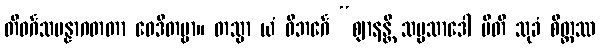
တိဝင်္ဂသမန္နာဂတတာ ဝေဒိတဗ္ဗာ။ တသ္မာ ယံ ဝိဘင်္ဂေ “ဈာနန္တိ သမ္ပသာဒေါ ပီတိ သုခံ စိတ္တဿ